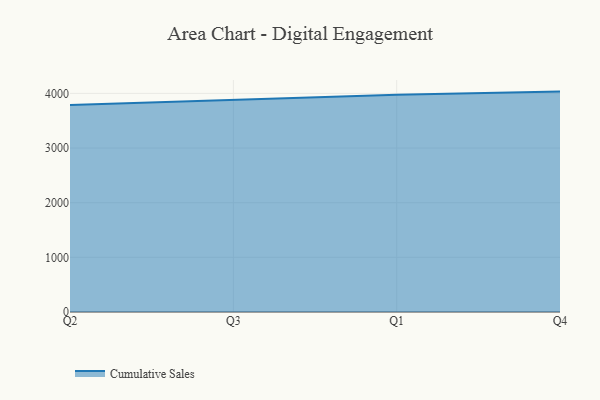
{"axis": {"x": "Quarter", "y": "Shipments"}, "legend": ["Cumulative Sales"], "data": [{"x": "Q2", "y": 3786.3, "type": "Cumulative Sales"}, {"x": "Q3", "y": 3878.2, "type": "Cumulative Sales"}, {"x": "Q1", "y": 3976.5, "type": "Cumulative Sales"}, {"x": "Q4", "y": 4032.6, "type": "Cumulative Sales"}]}